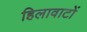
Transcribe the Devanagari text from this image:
हिलावाटों